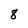
Character: 8